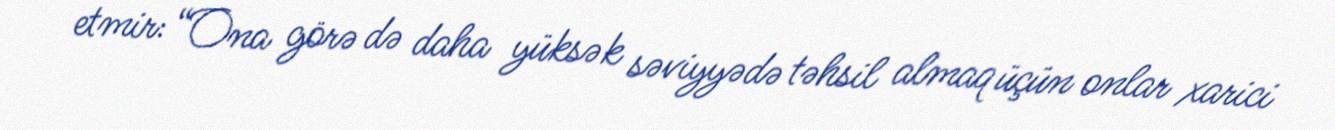
etmir: “Ona görə də daha yüksək səviyyədə təhsil almaq üçün onlar xarici